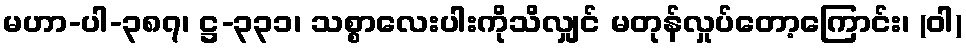
မဟာ-ပါ-၃၈၇၊ ဋ္ဌ-၃၃၁၊ သစ္စာလေးပါးကိုသိလျှင် မတုန်လှုပ်တော့ကြောင်း၊ (ဝါ)